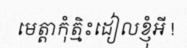
មេត្តាកុំត្មិះដៀលខ្ញុំអី !